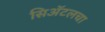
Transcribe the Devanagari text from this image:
सिॲटलचा